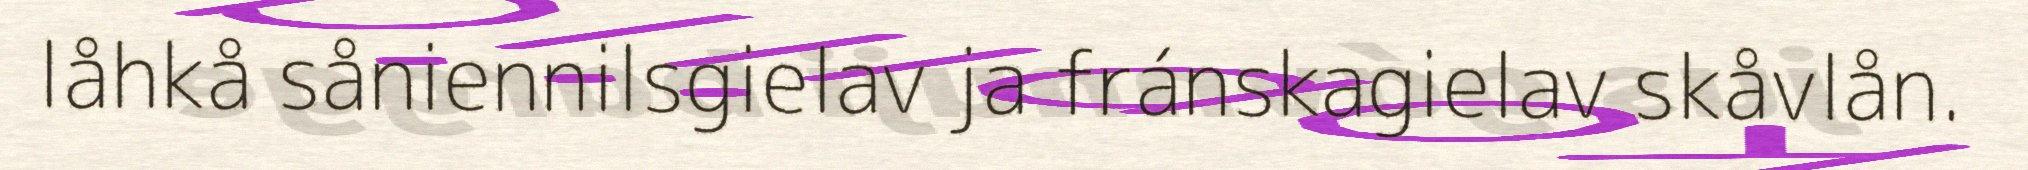
låhkå såniennilsgielav ja fránskagielav skåvlån.